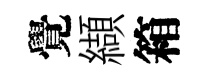
覺纈箱